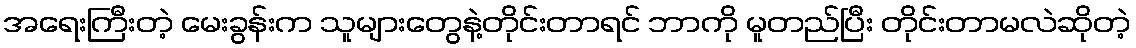
အရေးကြီးတဲ့ မေးခွန်းက သူများတွေနဲ့တိုင်းတာရင် ဘာကို မူတည်ပြီး တိုင်းတာမလဲဆိုတဲ့